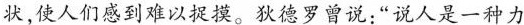
状,使人们感到难以捉摸。狄德罗曾说:“说人是一种力